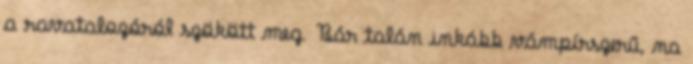
a ravatalozóról szökött meg. Bár talán inkább vámpírszerű, na